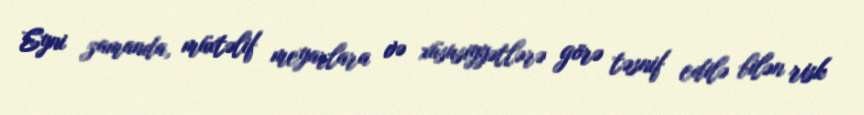
Eyni zamanda, müxtəlif meyarlara və xüsusiyyətlərə görə təsnif edilə bilən risk